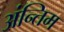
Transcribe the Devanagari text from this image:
अंन्तिम